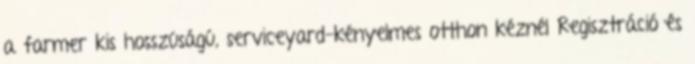
a farmer kis hosszúságú, serviceyard-kényelmes otthon kéznél Regisztráció és